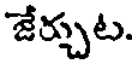
జేర్చుట.